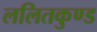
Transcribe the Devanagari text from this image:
ललितकुण्ड